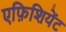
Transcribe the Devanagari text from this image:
एफ़िशियेंट